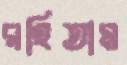
রহিতাম